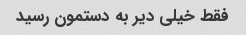
فقط خیلی دیر به دستمون رسید